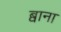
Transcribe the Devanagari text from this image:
ब्वाना